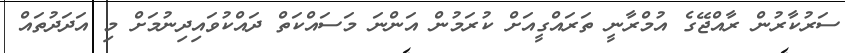
ސަރުކާރުން ރާއްޖޭގެ އުމްރާނީ ތަރައްގީއަށް ކުރަމުން އަންނަ މަސައްކަތް ދައްކުވައިދިނުމަށް މި އަދަދުތައް